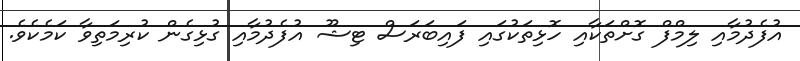
އުފެދުމާއި ލިމްފް ގޮށްތަކާއި ހޮޅިތަކުގައި ފައިބަރަސް ޓިޝޫ އުފެދުމާއި ގުޅިގެން ކުރިމަތިވާ ކަމެކެވެ.